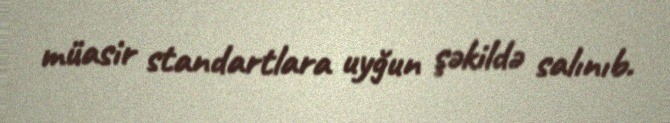
müasir standartlara uyğun şəkildə salınıb.